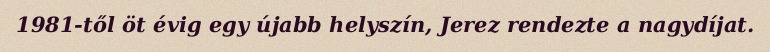
1981-től öt évig egy újabb helyszín, Jerez rendezte a nagydíjat.